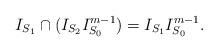
LaTeX: \begin{align*}I_{S_1}\cap (I_{S_2} I_{S_0}^{m-1})= I_{S_1}I_{S_0}^{m-1}.\end{align*}